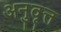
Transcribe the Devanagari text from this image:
अनुवृत्त